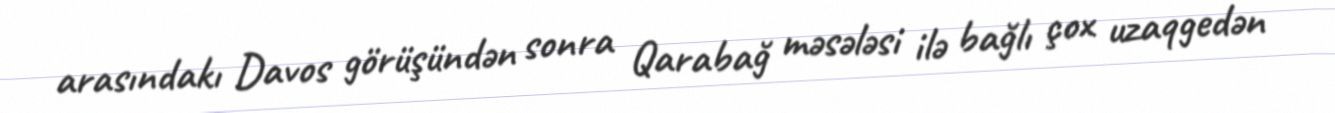
arasındakı Davos görüşündən sonra Qarabağ məsələsi ilə bağlı çox uzaqgedən